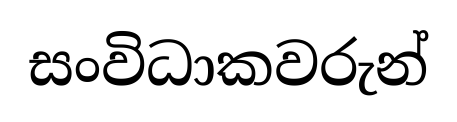
සංවිධාකවරුන්